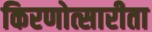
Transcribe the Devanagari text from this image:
किरणोत्सारीता